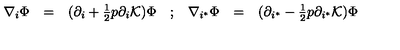
\begin{array} { c c c c c c c } { \nabla _ { i } \Phi } & { = } & { ( \partial _ { i } + { \frac { 1 } { 2 } } p \partial _ { i } { \cal K } ) \Phi } & { ; } & { \nabla _ { i ^ { * } } \Phi } & { = } & { ( \partial _ { i ^ { * } } - { \frac { 1 } { 2 } } p \partial _ { i ^ { * } } { \cal K } ) \Phi } \\ \end{array}